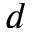
d